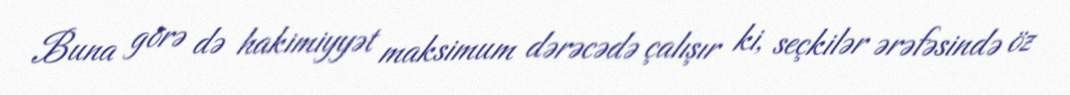
Buna görə də hakimiyyət maksimum dərəcədə çalışır ki, seçkilər ərəfəsində öz